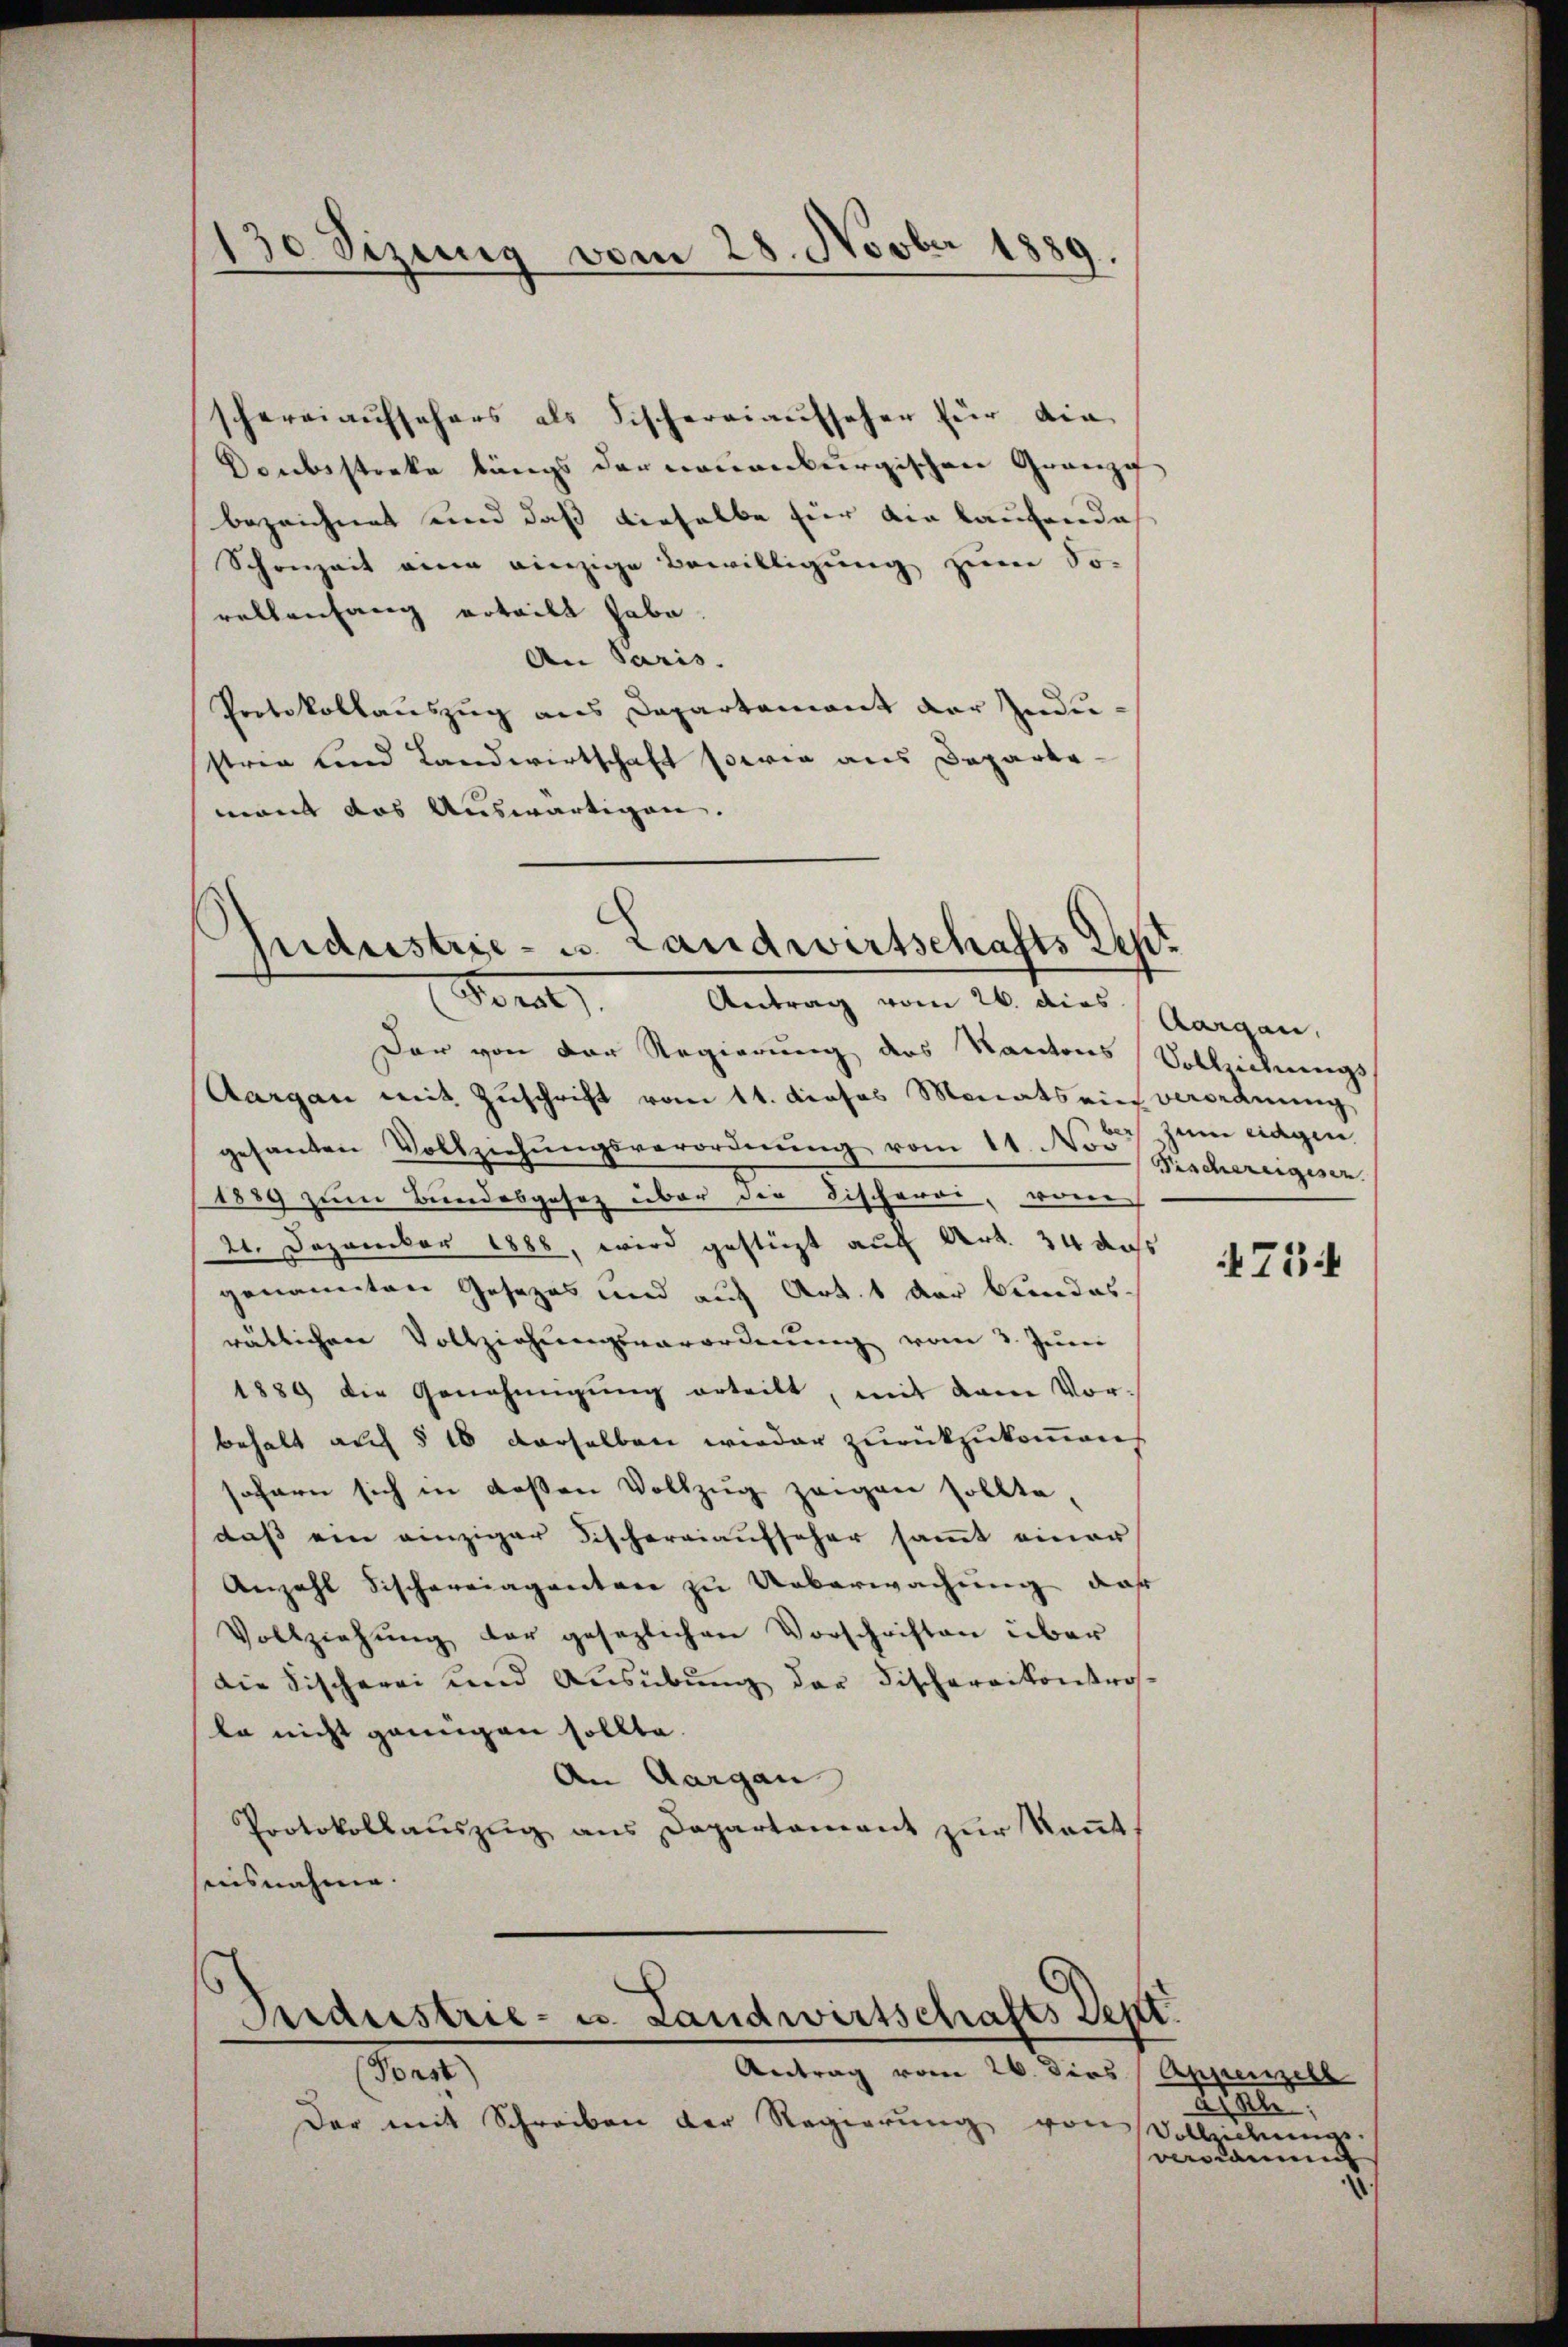
130 Sizung vom 28. Novber 1889.
“
e

schereiaufsehers als Fischereiaufseher für die
Doubsstreke längs der neuenburgischen Granzi
bezeichnet und daß dieselbe für die laufende
Schonzeit eine einzige Bewilligŭng zum So-
rellenfang erteilt habe.
An Paris.
Protokollauszug aus Departement der Zude
stren und Landwirtschaft sowie aus Departe
nant das Auswärtigen. |

pidustrie - u. Landwirtschafts Sept
Moral. Antrag vom 26. dies Aargau,

Der von der Regierung des Kantons Vollziehungs¬
Aargau mit Zuschrift vom 11. dieses Monats ein Verordnung
gesanten Vollziehŭngsverordnŭng vom 11. No. Beschereigesen
1889 zum Bundesgesez über die Fischerei, von
21. Dezember 1888, wird gestüzt auf Art. 34 das
genannten Gesezes und auf Art. 1 der Bundes-
rätlichen Vollziehŭngsverordnŭng vom 3. Juni
1889 die Genehmigŭng erteilt, mit dem Vorbehalt auf § 16 derselben wieder zurückzukommen
sofern sich in deßen Vollzug zeigen sollte
daß ein einziger Fischereiaufseher samt einer
Anzahl Fischereiagantere zu Ueberwachung, daß
Vollziehŭng der gesezlichen Vorschriften über
die Fischerei und Aŭsübŭng der Fischernikontrosta nicht genügen sollte.
An Aargau
Protokollauszug aus Departament zŭr Keṅt
aisnahme.

Der mit Schreiben der Regierung von Vollziehungs-

Industrie- u. Landwirtschafts Sept.
Antrag vom 26. dies Appenzell
Ver

ben
zum eidgen.

75

Hah
vardauung